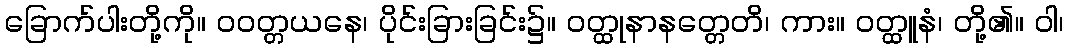
ခြောက်ပါးတို့ကို။ ဝဝတ္တယနေ၊ ပိုင်းခြားခြင်း၌။ ဝတ္ထုနာနတ္တေတိ၊ ကား။ ဝတ္ထူနံ၊ တို့၏။ ဝါ၊